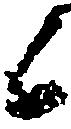
候